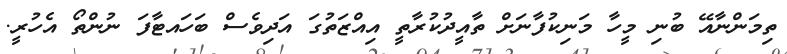
ތިމަންނާއޭ ބުނި މީހާ މަނިކުފާނަށް ތާއީދުކުރާތީ އިއްޒަތުގަ އަދިވެސް ބަހައޓާފަ ނުންތޯ އެހުރީ.